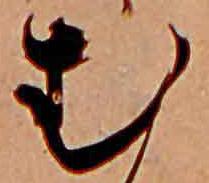
む